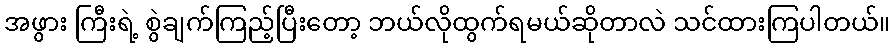
အဖွား ကြီးရဲ့ စွဲချက်ကြည့်ပြီးတော့ ဘယ်လိုထွက်ရမယ်ဆိုတာလဲ သင်ထားကြပါတယ်။